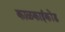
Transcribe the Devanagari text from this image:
काळकाईकोंड